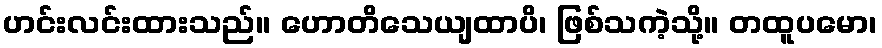
ဟင်းလင်းထားသည်။ ဟောတိသေယျထာပိ၊ ဖြစ်သကဲ့သို့။ တထူပမော၊